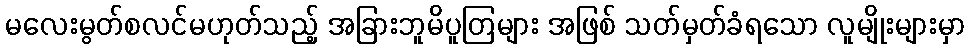
မလေးမွတ်စလင်မဟုတ်သည့် အခြားဘူမိပူတြများ အဖြစ် သတ်မှတ်ခံရသော လူမျိုးများမှာ